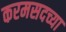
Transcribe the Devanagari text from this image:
करमसदच्या